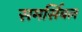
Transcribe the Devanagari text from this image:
समर्सिबल